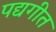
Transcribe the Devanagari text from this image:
पद्यगीत